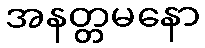
အနတ္တမနော